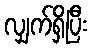
လျှက်ရှိပြီး